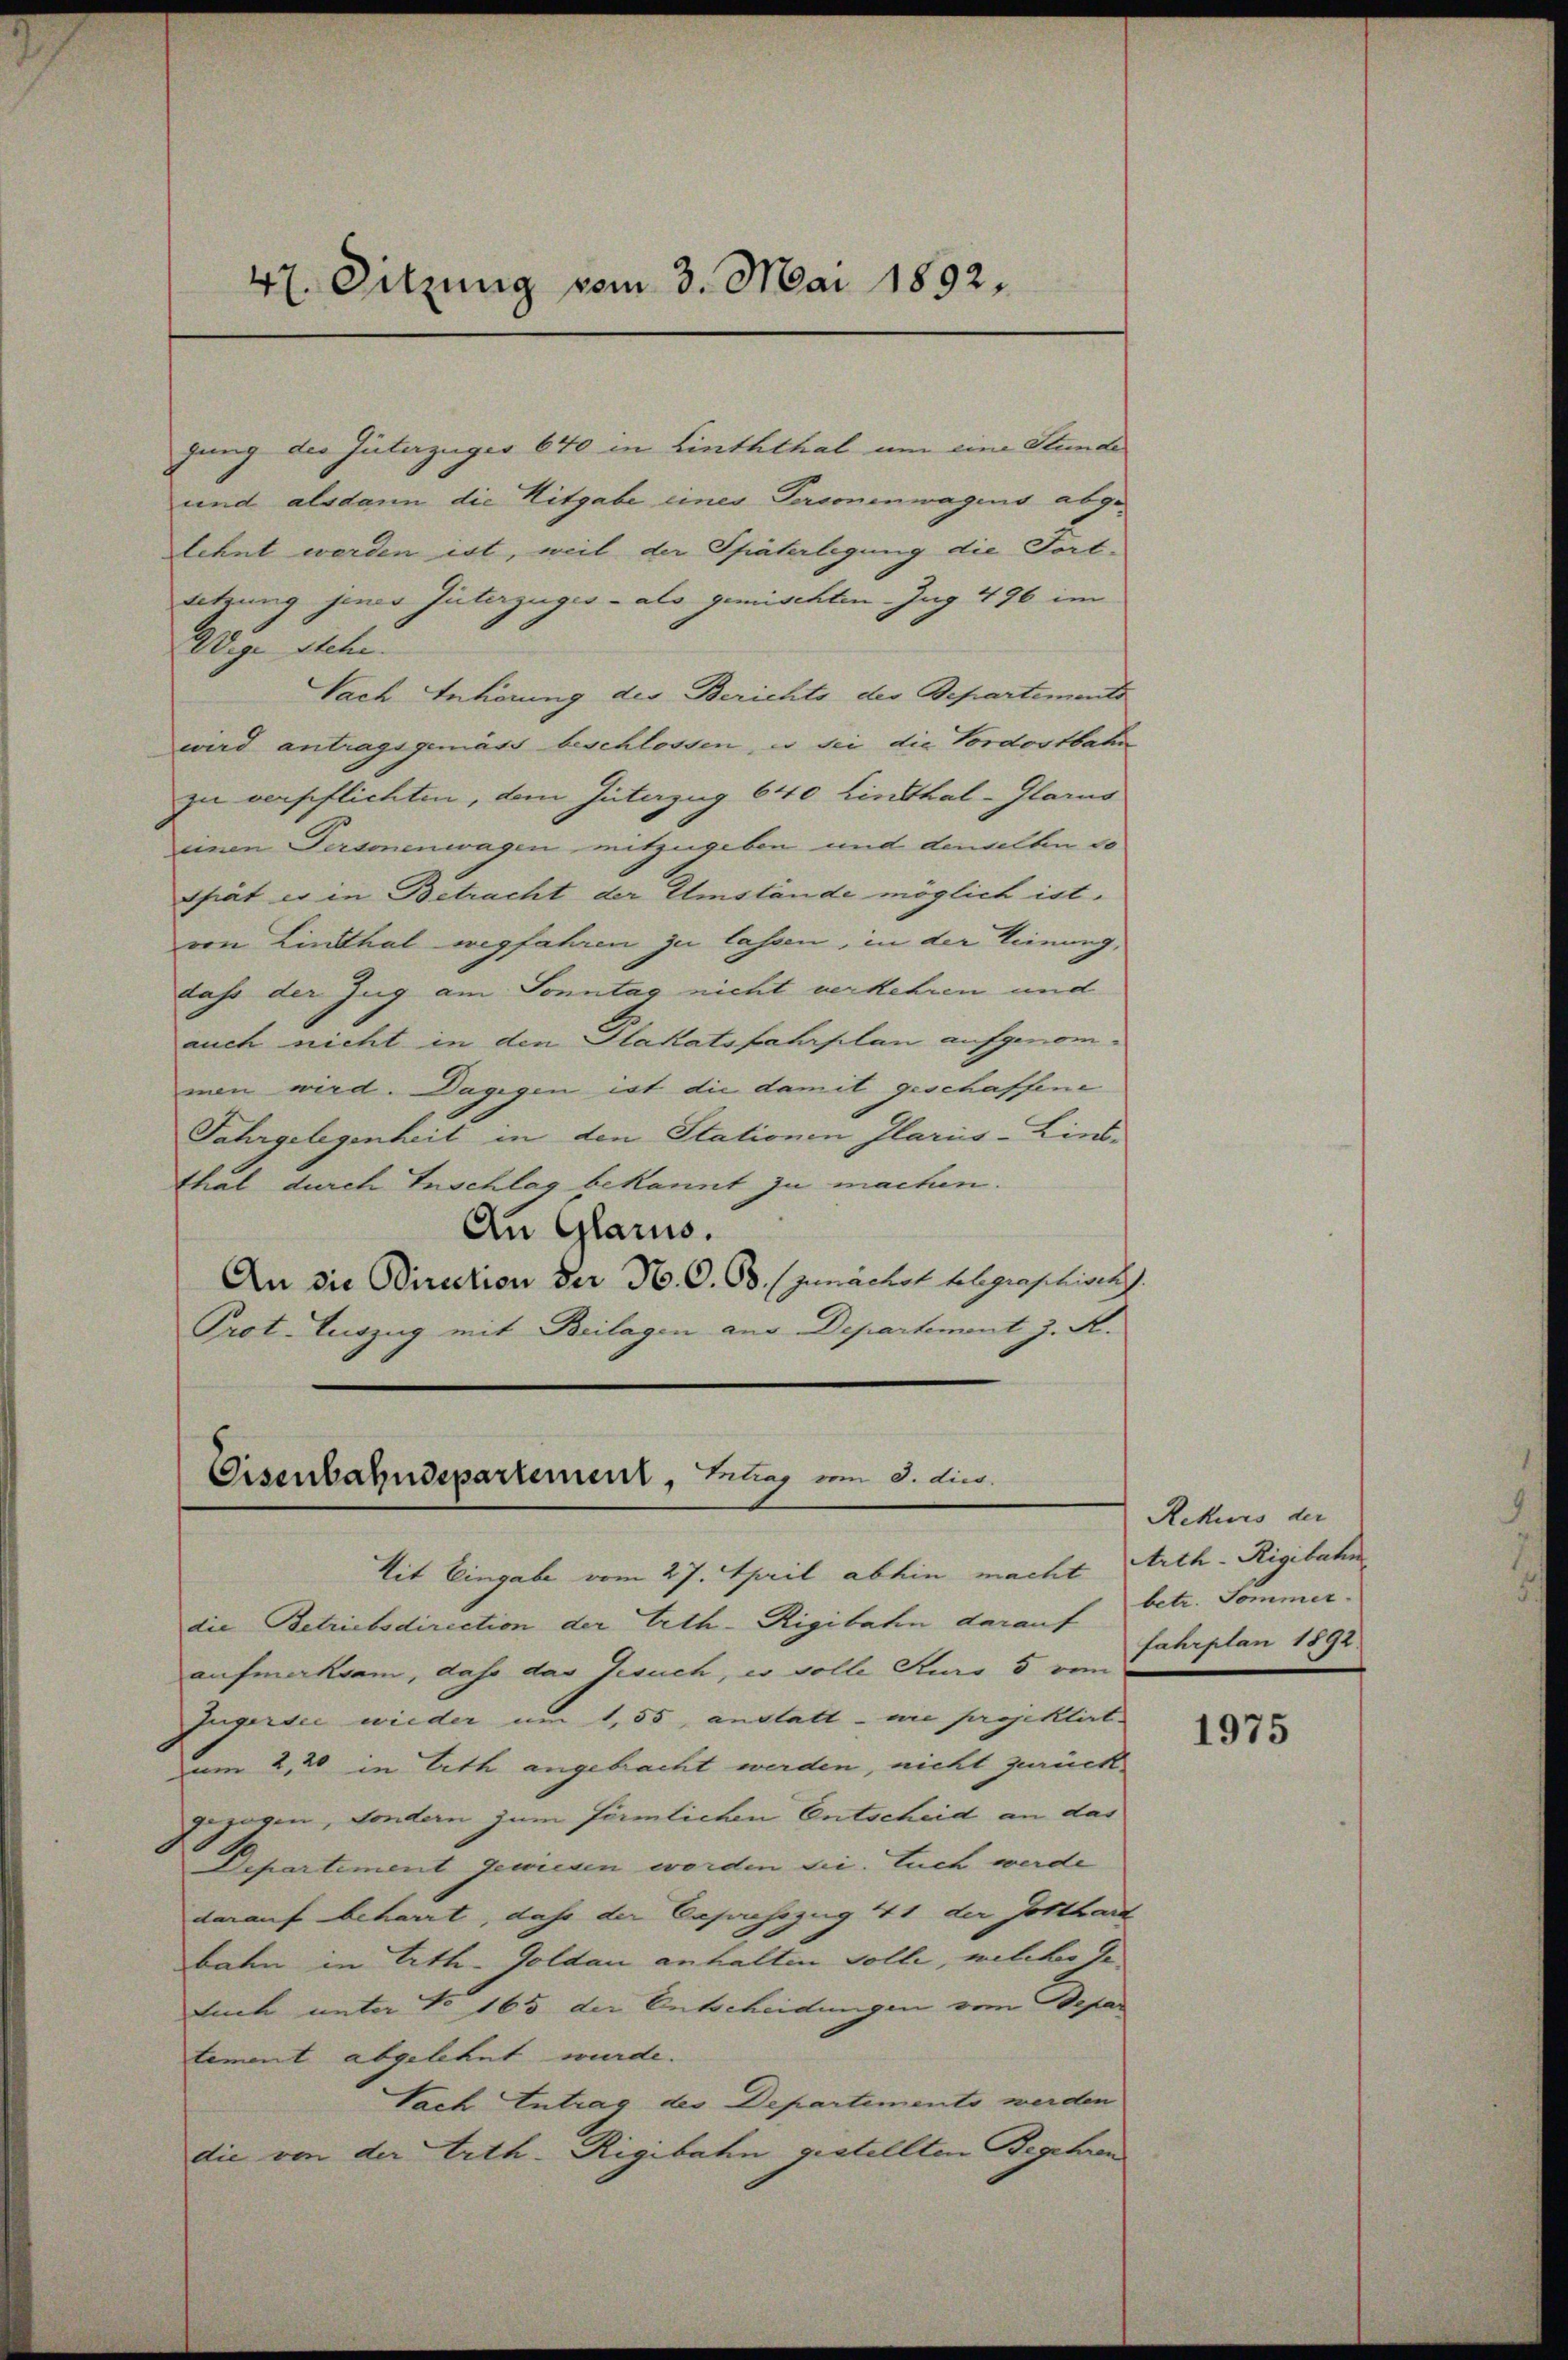
47. Sitzung vom 3. Mai 1892.

gung des Güterzüger 640 in Linththal um eine Stunde
und alsdann die Nitgabe eines Personenwagens abgelehnt werden ist, weil der Späterlegung die Fort-
setzung jener Güterzuges - als gemischten Zug 496 im
Wege Stechi
Nach Anhörung des Berichts des Repartements
wird antragsgemäss beschlossen, u sei die Vordostbahn
zu verpflichten, dem Interzug 640 Linthal-Glarus
einen Personenwagen mitzugeben und denselben so
thrät es in Betracht der Umstände möglich ist.
von Linthal wegfahren zu lassen, in der Meinung,
dass der Zug am Sonntag nicht verkehren und
auch nicht in den Slakatsfahrplan aufgenommen wird. Dagegen ist die damit geschaffene
Jahrgelegenheit in den Stationen Glarus-Linsthal durch Inschlag bekannt zu machen.
An Glarus.
An die Direction der N. O. Bd. zunächst belegraphisch
Prot. Auszug mit Beilagen aus Departement z. R.

Eisenbahndepartement, lag vom 8. dies

Mit Eingabe vom 27. April abhin macht Arth-Rigibahn
die Betriebsdirection der Erth-Rigibahn darauf
aufmerksam, daß das Gesuch, wo volle Sturo 5 vom
Ingerdie wieder um 1,55, anstatt - nie projektirt
um 2,20 in Lith angebracht werden, nicht zurück-
gezogen, sondern zum förmlichen Entscheid an das
Departiment gewiesen worden sie. Euch werde
darauf beharrt, daß der Besuchszug 441 der Gotthard
bahn in Litten Goldau anhalten volle, welcher de
tuch unter No 165 der Entscheidungen vom Depar
tement abgelehnt wurde.
Nach Antrag des Departemento werden
die von der Erth-Rigibahn gestellten Begehren

Rekurs der
betr. Sommer
fahrplan 1892.

1975